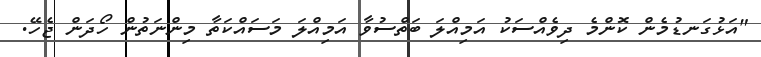
"އަޅުގަނޑުމެން ކޮންމެ ދިވެއްސަކު އަމިއްލަ ބަތްސުވާ އަމިއްލަ މަސައްކަތާ މިންނަތުން ހޯދަން ޖެހޭ.